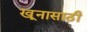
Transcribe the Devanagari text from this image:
खूनासाठी